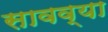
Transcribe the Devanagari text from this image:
सावव्या